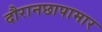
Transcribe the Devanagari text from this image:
दौरानछापामार